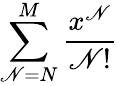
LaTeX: \sum_{\mathscr{N}=N}^{M}{\frac{{x^{\mathscr{N}}}}{{\mathscr{N}!}}}